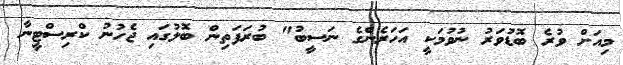
މިއަށް ވުރެ ބޮޑުވަރު ނުވުމަކީ އަހަރެންގެ ނަސީބު" ބުރަފަތިން ބޮލުގައި ޖެހުނު ކްރިސްޓީނާ